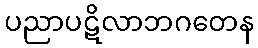
ပညာပဋိလာဘဂတေန